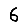
Digit: 6